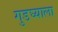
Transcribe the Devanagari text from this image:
गुडघ्याला